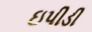
ઇપીડી